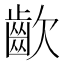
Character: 𮯀